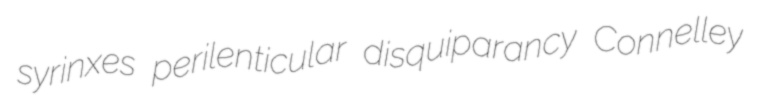
syrinxes perilenticular disquiparancy Connelley